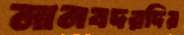
মানবদরদির